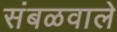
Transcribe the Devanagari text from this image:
संबळवाले